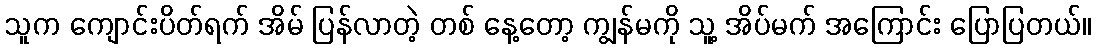
သူက ကျောင်းပိတ်ရက် အိမ် ပြန်လာတဲ့ တစ် နေ့တော့ ကျွန်မကို သူ့ အိပ်မက် အကြောင်း ပြောပြတယ်။